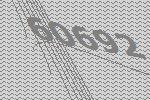
60692